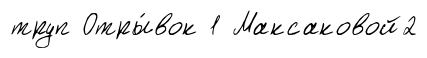
труп Отры́вок 1 Максаковой2